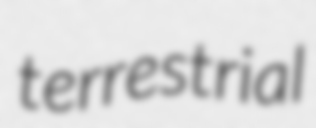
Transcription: terrestrial